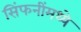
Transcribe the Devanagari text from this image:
सिंफनींमध्ये